Report of the Municipal Commissioner on the plague in Bombay for the year ending 31st May... - Volume 1
Disease focus: Plague
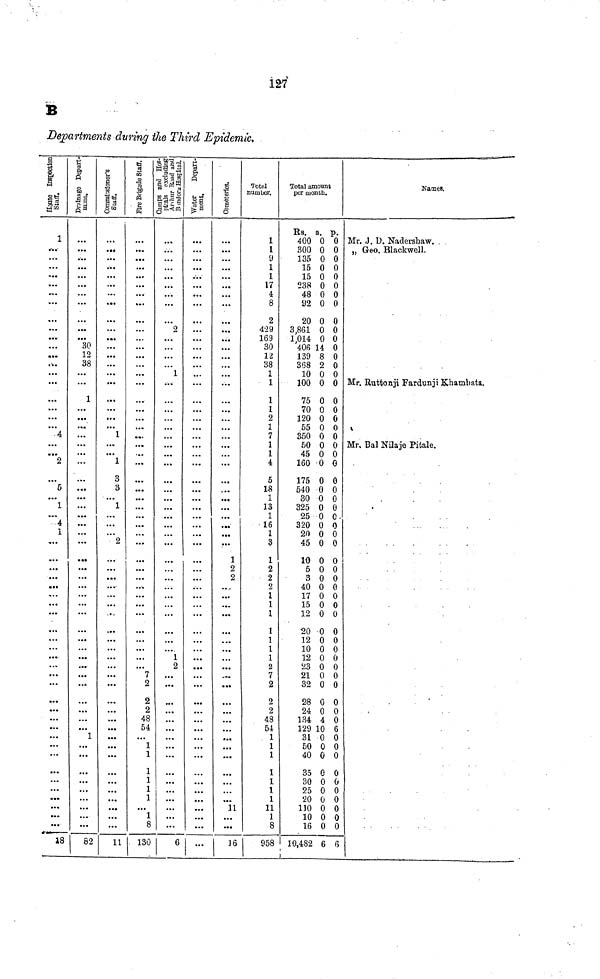
127
B
Departments during the Third Epidemic,
Hose Inspection
Staff.
1
...
...
4
2
5
1
...
4
1
,..
...
...
...
...
...
...
...
...
...
...
...
...
...
...
...
18
Drainago Depart-
ment.
30
12
38
1
...
...
...
...
...
...
...
...
5
...
...
1
...
...
...
...
...
...
82
Commissioner's Staff.
1
1
3
3
1
2
...
...
...
...
...
...
...
11
Fire Briade Staff.
1
2
2
2
48
54
1
1
1
1
1
1
1
8
130
Camps and Hos-
pitals excluding
Arthur Road and
Bandora Hospital.
2
1
1
2
...
...
...
...
...
...
...
...
...
6
Water Depart-
ment.
...
...
...
...
...
...
...
...
Cometerios.
...
1
2
2
...
...
...
11
...
16
Total
number.
1
1
9
1
1
17
4
8
2
429
169
30
12
38
1
1
1
1
2
1
7
1
1
4
5
18
1
13
1
16
1
3
1
2
2
2
1
1
1
1
1
1
1
2
7
2
2
2
48
54
1
1
1
1
1
1
1
11
1
8
958
Total amount
per month.
Rs. a. p.
400 0 0
300 0 0
135 0 0
15 0 0
15 0 0
238 0 0
48 0 0
92 0 0
20 0 0
3,861 0 0
1,014 0 0
406 14 0
139 8 0
3S8 2 0
10 0 0
100 0 0
75 0 0
70 0 0
120 0 0
55 0 0
350 0 0
50 0 0
45 0 0
160 0 0
175 0 0
540 0 0
30 0 0
325 0 0
25 0 0
320 0 0
20 0 0
45 0 0
10 0 0
5 0 0
3 0 0
40 0 0
17 0 0
15 0 0
12 0 0
.20 0 0
12 0 0
10 0 0
12 0 0
23 0 0
21 0 0
32 0 0
28 0 0
24 0 0
134 4 0
129 10 6
31 0 0
50 0 0
40 0 0
35 0 0
30 0 0
25 0 0
20 0 0
110 0 0
10 0 0
16 0 0
10,482 6 6
Names.
Mr. J. U. Nadersbaw. .
„ Geo. Blackwell.
Mr. Ruttonji Fardunji Khambata.
Mr, Bal Nilaje Pitale.